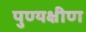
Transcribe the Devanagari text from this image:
पुण्यक्षीण